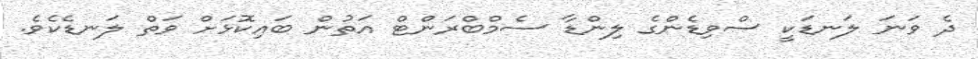
ދެ ވަނަ ލަނޑަކީ ސްވިޑެންގެ ލިންޑާ ސެމްބްރަންޓް އަތުން ބައިކޮޅަށް ވަތް ލަނޑެކެވެ.